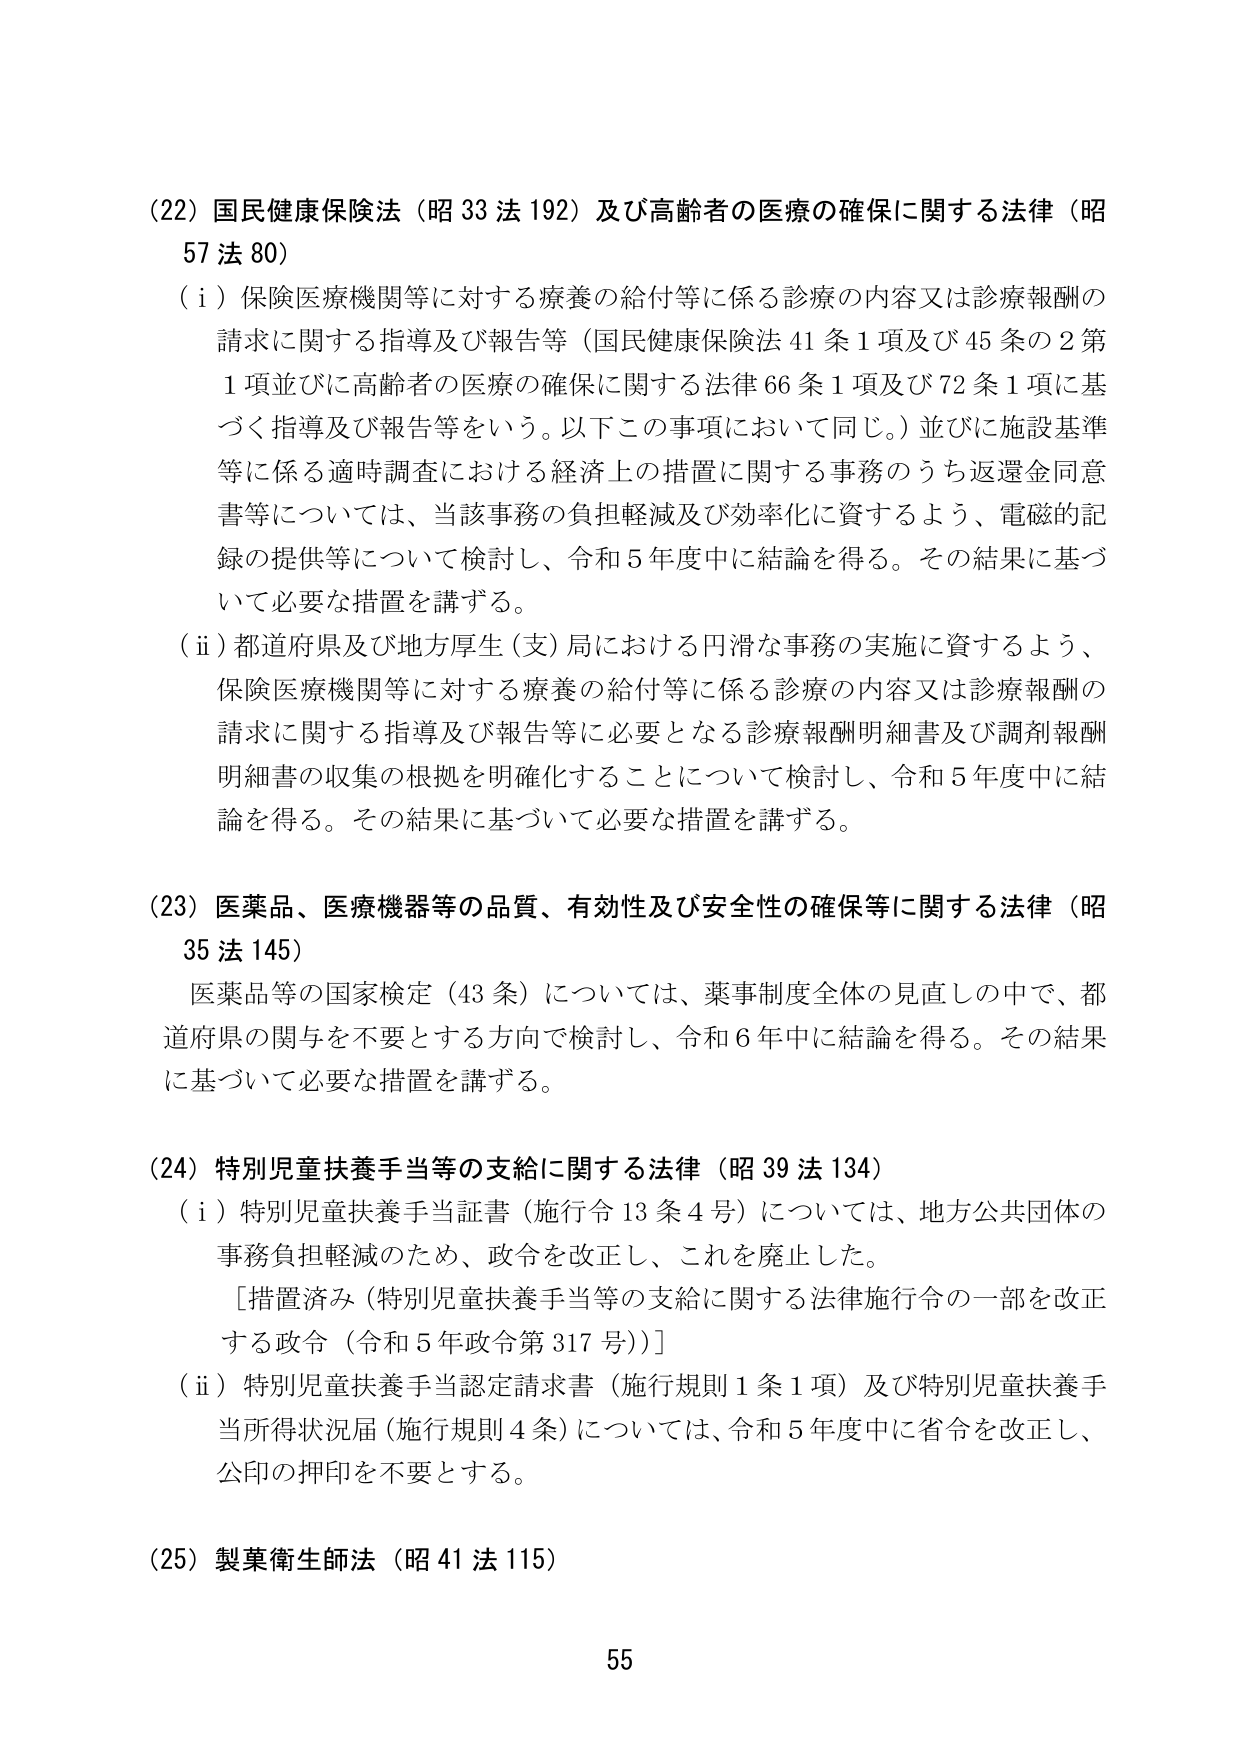
(22) 国民健康保険法（昭33法192）及び高齢者の医療の確保に関する法律（昭57法80）
（i）保険医療機関等に対する療養の給付等に係る診療の内容又は診療報酬の請求に関する指導及び報告等（国民健康保険法41条1項及び45条の2第1項並びに高齢者の医療の確保に関する法律66条1項及び72条1項に基づく指導及び報告等をいう。以下この事項において同じ。）並びに施設基準等に係る適時調査における経済上の措置に関する事務のうち返還金同意書等については、当該事務の負担軽減及び効率化に資するよう、電磁的記録の提供等について検討し、令和5年度中に結論を得る。その結果に基づいて必要な措置を講ずる。
（ii）都道府県及び地方厚生（支）局における円滑な事務の実施に資するよう、保険医療機関等に対する療養の給付等に係る診療の内容又は診療報酬の請求に関する指導及び報告等に必要となる診療報酬明細書及び調剤報酬明細書の収集の根拠を明確化することについて検討し、令和5年度中に結論を得る。その結果に基づいて必要な措置を講ずる。

(23) 医薬品、医療機器等の品質、有効性及び安全性の確保等に関する法律（昭35法145）
医薬品等の国家検定（43条）については、薬事制度全体の見直しの中で、都道府県の関与を不要とする方向で検討し、令和6年中に結論を得る。その結果に基づいて必要な措置を講ずる。

(24) 特別児童扶養手当等の支給に関する法律（昭39法134）
（i）特別児童扶養手当証書（施行令13条4号）については、地方公共団体の事務負担軽減のため、政令を改正し、これを廃止した。
［措置済み（特別児童扶養手当等の支給に関する法律施行令の一部を改正する政令（令和5年政令第317号））］
（ii）特別児童扶養手当認定請求書（施行規則1条1項）及び特別児童扶養手当所得状況届（施行規則4条）については、令和5年度中に省令を改正し、公印の押印を不要とする。

(25) 製薬衛生師法（昭41法115）

55